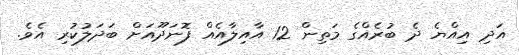
އަދި އިއްޔެ ދެ ބުރެއްގެ މަތިން 12 އާއިލާއެއް ފޮނަދޫއަށް ބަދަލުކުރި އެވެ.